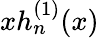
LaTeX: xh_{n}^{(1)}(x)